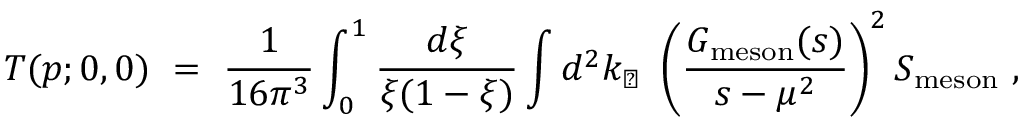
T ( p ; 0 , 0 ) \ = \ \frac 1 { 1 6 \pi ^ { 3 } } \int _ { 0 } ^ { 1 } \frac { d \xi } { \xi ( 1 - \xi ) } \int d ^ { 2 } k _ { \perp } \ \left( \frac { G _ { \mathrm { m e s o n } } ( s ) } { s - \mu ^ { 2 } } \right) ^ { 2 } S _ { \mathrm { m e s o n } } \ ,